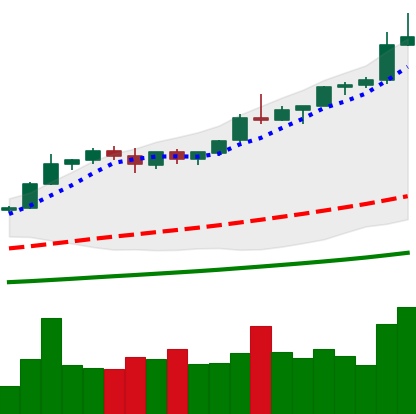
Ticker: BTC-USD
Chart end date: 2021-01-03
Forward return: 24.451%
Label: up_7plus